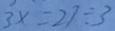
3 x = 2 7 \div 3